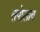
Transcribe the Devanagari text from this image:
तपोलाव